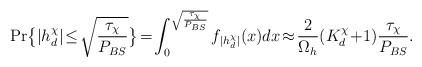
LaTeX: \begin{align*} \mathrm{Pr}\big\{|h^\chi_d|\!\leq\! \sqrt{\frac{\tau_\chi}{P_{BS}}} \big\} &\!=\! \int_0^{\sqrt{\frac{\tau_\chi}{P_{BS}}}} f_{|h^\chi_d|}(x)dx \!\approx\! \frac{2}{\Omega_h}(K^\chi_d\!+\!1) \frac{\tau_\chi}{P_{BS}}.\end{align*}